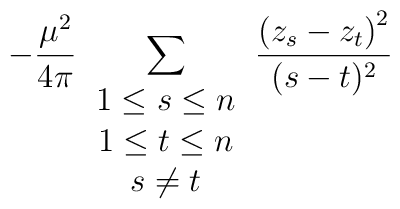
-\frac{\mu^2}{4\pi}\sum_{\begin{array}{c}1\leq s\leq n \\ 1\leq t\leq n	\\ s\neq t \end{array}}\frac{\left(z_s-z_t\right)^2}{(s-t)^2}